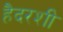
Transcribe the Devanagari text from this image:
हैदरशी